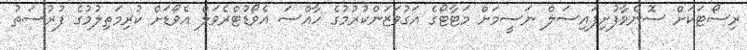
ރިސޯޓަކަށް ސޮނެވާފުށިފައިސަލް ނަސީމަށް މަޓާޓޯގެ އަގުވަޒަންކުރުމުގެ ހާއްސަ އެވޯޑުޓްރެވަލް އެވޯޑަށް ކުރިމަތިލުމުގެ ފުރުސަތު